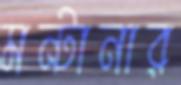
মন্টানার